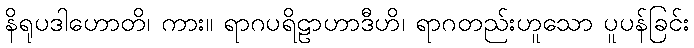
နိရုပဒါဟောတိ၊ ကား။ ရာဂပရိဠာဟာဒီဟိ၊ ရာဂတည်းဟူသော ပူပန်ခြင်း